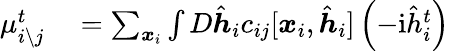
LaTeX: \begin{array}{rl}{\mu_{i\setminus j}^{t}}&{{}=\sum_{\boldsymbol{x}_{i}}\int D\hat{\boldsymbol{h}}_{i}c_{ij}[\boldsymbol{x}_{i},\hat{\boldsymbol{h}}_{i}]\left(-\mathrm{i}\hat{h}_{i}^{t}\right)}\end{array}